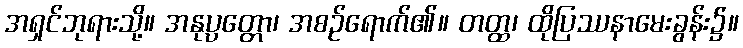
အရှင်ဘုရားသို့။ အနုပ္ပတ္တော၊ အစဉ်ရောက်၏။ တတ္ထ၊ ထိုပြဿနာမေးခွန်း၌။